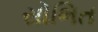
સોભિત